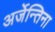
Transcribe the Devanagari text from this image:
अर्जेन्तिना